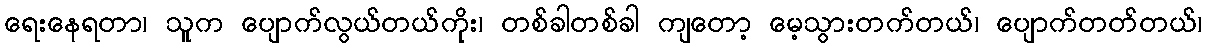
ရေးနေရတာ၊ သူက ပျောက်လွယ်တယ်ကိုး၊ တစ်ခါတစ်ခါ ကျတော့ မေ့သွားတက်တယ်၊ ပျောက်တတ်တယ်၊